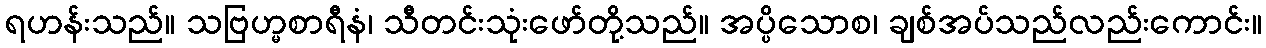
ရဟန်းသည်။ သဗြဟ္မစာရီနံ၊ သီတင်းသုံးဖော်တို့သည်။ အပ္ပိသောစ၊ ချစ်အပ်သည်လည်းကောင်း။